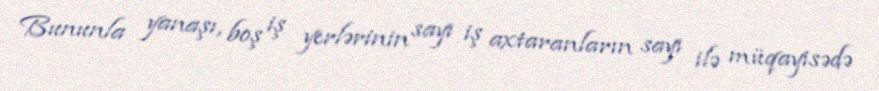
Bununla yanaşı, boş iş yerlərinin sayı iş axtaranların sayı ilə müqayisədə